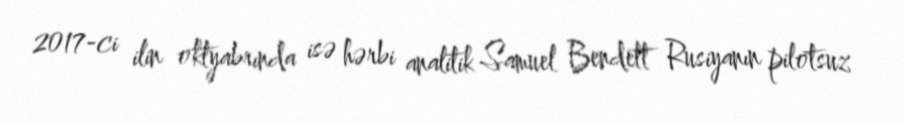
2017-ci ilin oktyabrında isə hərbi analitik Samuel Bendett Rusiyanın pilotsuz